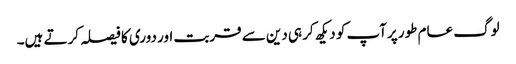
لوگ عام طور پرآپ کو دیکھ کر ہی دین سے قربت اور دوری کا فیصلہ کرتے ہیں۔